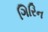
ગિરિન